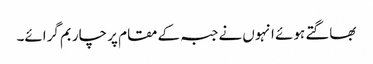
بھاگتے ہوئے انہوں نے جبہ کے مقام پر چار بم گرائے۔